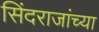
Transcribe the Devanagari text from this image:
सिंदराजांच्या